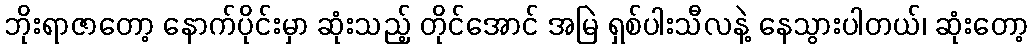
ဘိုးရာဇာတော့ နောက်ပိုင်းမှာ ဆုံးသည့် တိုင်အောင် အမြဲ ရှစ်ပါးသီလနဲ့ နေသွားပါတယ်၊ ဆုံးတော့